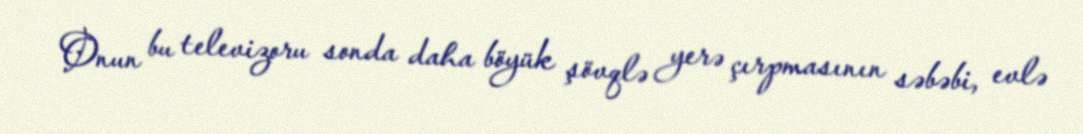
Onun bu televizoru sonda daha böyük şövqlə yerə çırpmasının səbəbi, evlə